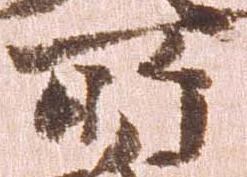
所